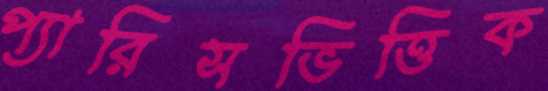
প্যারিসভিত্তিক